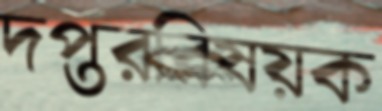
দপ্তরবিষয়ক